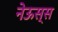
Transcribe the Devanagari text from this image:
नेऊस्स